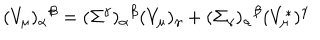
LaTeX: ( V _ { \mu } ) _ { \alpha } { } ^ { \beta } = ( \Sigma ^ { \gamma } ) _ { \alpha } { } ^ { \beta } ( V _ { \mu } ) _ { \gamma } + ( \Sigma _ { \gamma } ) _ { \alpha } { } ^ { \beta } ( V _ { \mu } ^ { * } ) ^ { \gamma }